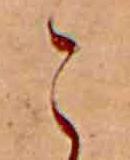
こ